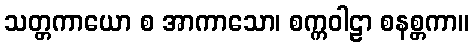
သတ္တကာယော စ အာကာသော၊ စက္ကဝါဠာ စနစ္တကာ။